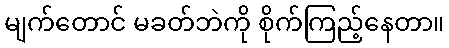
မျက်တောင် မခတ်ဘဲကို စိုက်ကြည့်နေတာ။